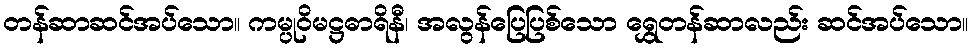
တန်ဆာဆင်အပ်သော။ ကမ္ပုဝိမဋ္ဌဓာရိနီ၊ အလွန်ပြေပြစ်သော ရွှေတန်ဆာလည်း ဆင်အပ်သော။